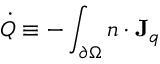
{ \dot { Q } } \equiv - \int _ { \partial \Omega } \d \mathbf { n } \cdot \mathbf { J } _ { q }